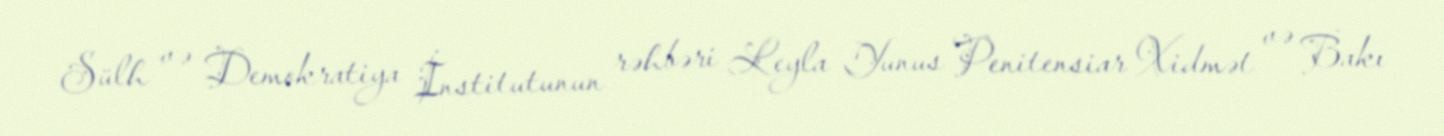
Sülh və Demokratiya İnstitutunun rəhbəri Leyla Yunus Penitensiar Xidmət və Bakı